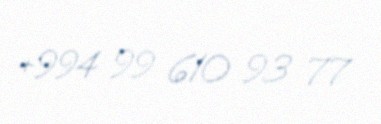
+994 99 610 93 77